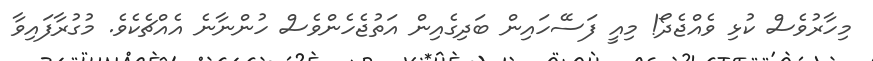
މިހާރުވެސް ކުޅި ވެއްޖެދޯ! މިއީ ފަސޭހައިން ބަދިގެއިން އަތުޖެހެންވެސް ހުންނާނެ އެއްޗެކެވެ. މުގުރާފައިވާ